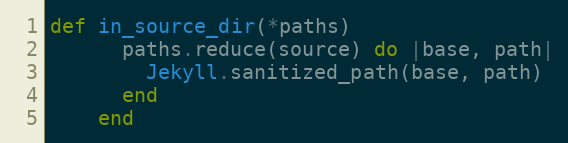
Language: Ruby
def in_source_dir(*paths)
      paths.reduce(source) do |base, path|
        Jekyll.sanitized_path(base, path)
      end
    end